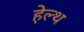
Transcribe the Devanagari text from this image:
हे़ल्थ